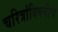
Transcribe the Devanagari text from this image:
चरित्रांविषयीचे